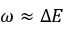
\omega \approx \Delta E